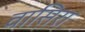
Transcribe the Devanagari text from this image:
वासिरा